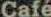
Café